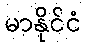
မာနိုင်ငံ